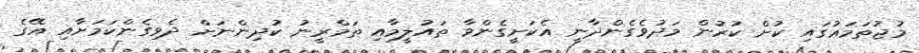
މުޖުތަމަޢުގައި ކުށް ކުރުން މަދުވެގެންދާނީ އެކަށީގެންވާ ތައުލީމާއި ތަމްރީނު ކުދިންނަށް ދެވިގެންކަމަށާއި އޭގެ